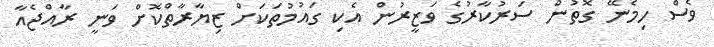
ވެސް ހިމެނޭ ގޮތުން ސަރުކާރުގެ ވަޒީރުން އެކި ގައުމުތަކަށް ޒިޔާރާތްކޮށް ވަނީ ރާއްޖެއާ